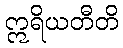
ဣရိယတီတိ